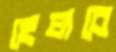
হেলবে